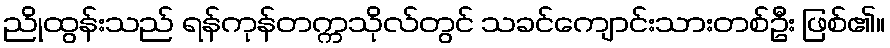
ညိုထွန်းသည် ရန်ကုန်တက္ကသိုလ်တွင် သခင်ကျောင်းသားတစ်ဦး ဖြစ်၏။